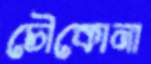
চৌকোনা